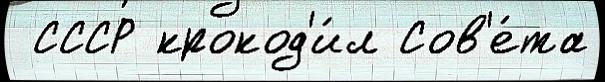
 СССР крокод'и́л Сов'е́та